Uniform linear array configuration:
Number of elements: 24
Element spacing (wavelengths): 0.75
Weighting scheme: hamming
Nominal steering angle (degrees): -15
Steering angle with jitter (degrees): -16.538
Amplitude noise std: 0.05
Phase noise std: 0.05

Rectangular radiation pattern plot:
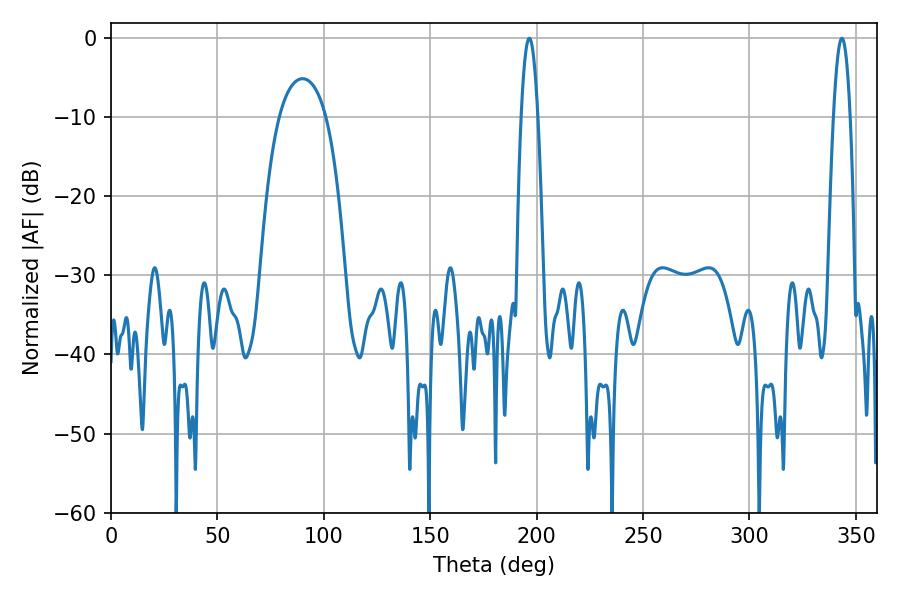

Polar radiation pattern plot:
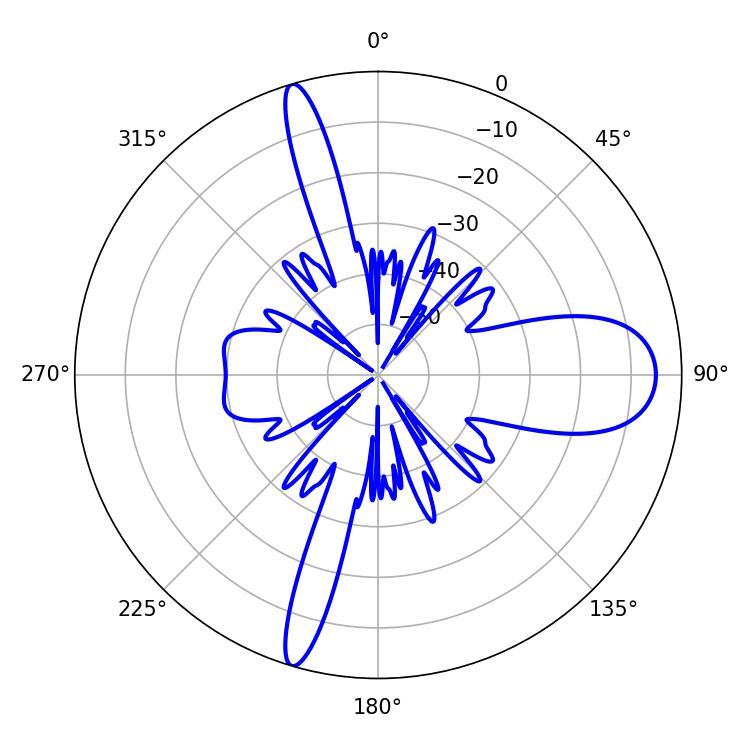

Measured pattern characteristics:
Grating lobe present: TRUE
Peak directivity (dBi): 16.06
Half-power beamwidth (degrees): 4.32
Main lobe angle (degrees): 196.56